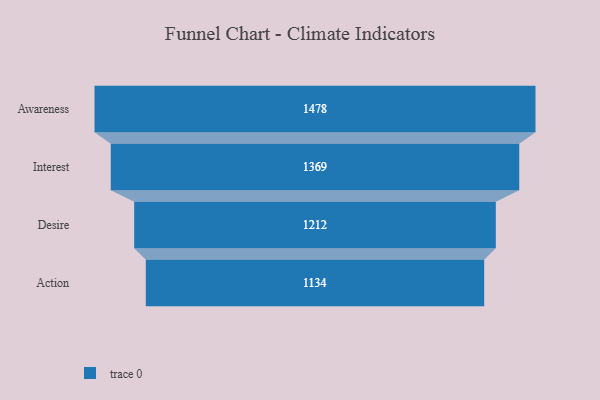
{"axis": {"x": "Stage", "y": "Value"}, "legend": [""], "data": [{"x": "Awareness", "y": 1478.0, "type": ""}, {"x": "Interest", "y": 1369.0, "type": ""}, {"x": "Desire", "y": 1212.0, "type": ""}, {"x": "Action", "y": 1134.0, "type": ""}]}